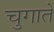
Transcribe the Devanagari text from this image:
चुगाते